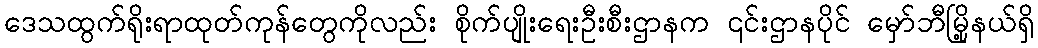
ဒေသထွက်ရိုးရာထုတ်ကုန်တွေကိုလည်း စိုက်ပျိုးရေးဦးစီးဌာနက ၎င်းဌာနပိုင် မှော်ဘီမြို့နယ်ရှိ